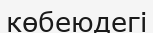
көбеюдегі